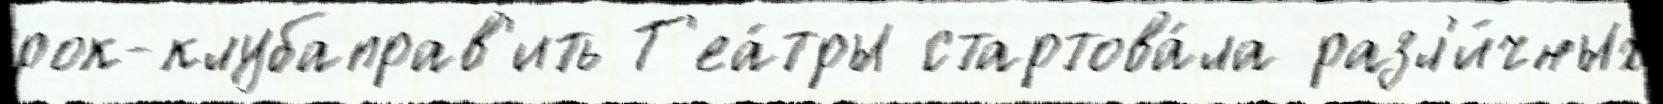
рок-клубаправ'ить Т'еа́тры стартова́ла разл'и́чных